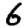
Digit: 6